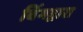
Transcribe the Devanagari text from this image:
बिंगद्वारा